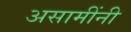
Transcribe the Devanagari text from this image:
असामींनी